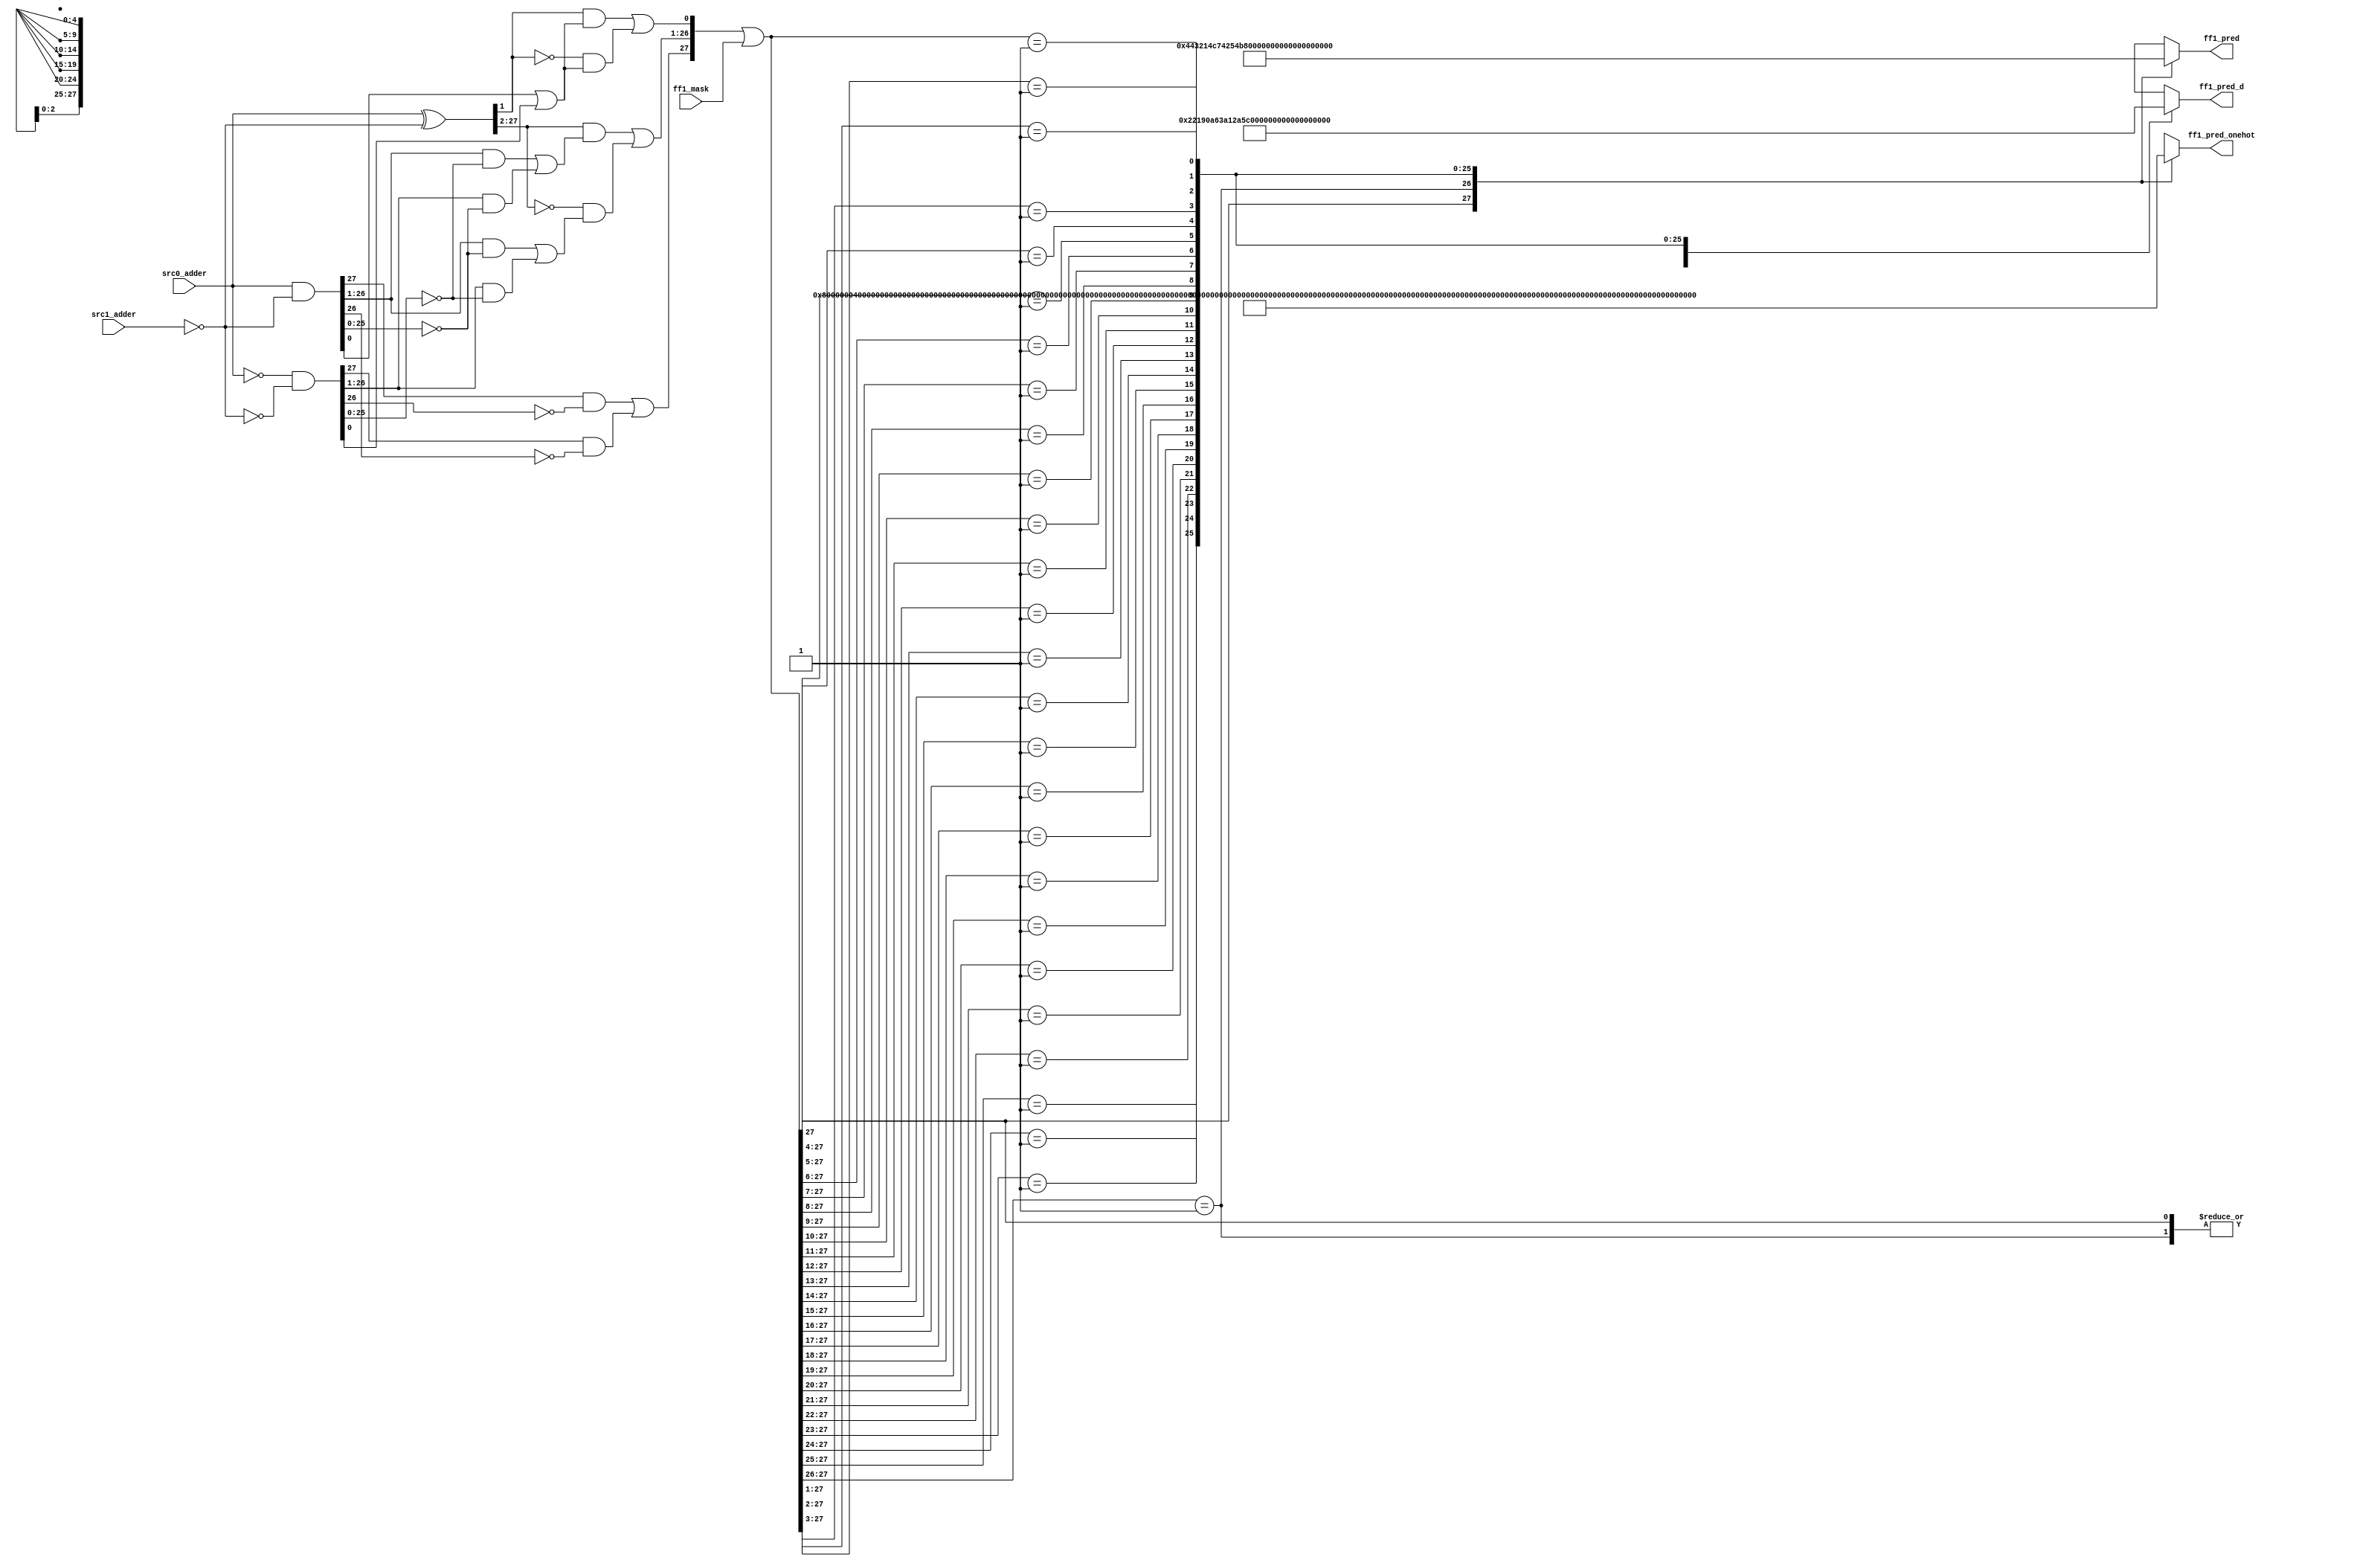
/*Copyright 2020-2021 T-Head Semiconductor Co., Ltd.

Licensed under the Apache License, Version 2.0 (the "License");
you may not use this file except in compliance with the License.
You may obtain a copy of the License at

    http://www.apache.org/licenses/LICENSE-2.0

Unless required by applicable law or agreed to in writing, software
distributed under the License is distributed on an "AS IS" BASIS,
WITHOUT WARRANTIES OR CONDITIONS OF ANY KIND, either express or implied.
See the License for the specific language governing permissions and
limitations under the License.
*/

// &ModuleBeg; @22
module pa_fadd_lop_s1_s(
  ff1_mask,
  ff1_pred,
  ff1_pred_d,
  ff1_pred_onehot,
  src0_adder,
  src1_adder
);

// &Ports; @23
input   [27:0]  ff1_mask;            
input   [27:0]  src0_adder;          
input   [27:0]  src1_adder;          
output  [4 :0]  ff1_pred;            
output  [4 :0]  ff1_pred_d;          
output  [27:0]  ff1_pred_onehot;     

// &Regs; @24
reg     [4 :0]  ff1_pred_e_d;        
reg     [4 :0]  ff1_pred_t0_d;       
reg     [27:0]  ff1_pred_t0_d_onehot; 

// &Wires; @25
wire    [27:0]  close_adder0_t0;     
wire    [27:0]  close_adder1_t0;     
wire    [27:0]  close_ff1_a_t0;      
wire    [27:0]  close_ff1_b_t0;      
wire    [27:0]  close_ff1_c_t0;      
wire    [27:0]  close_ff1_f_t0;      
wire    [27:0]  close_ff1_g_t0;      
wire    [27:0]  close_ff1_t_t0;      
wire    [27:0]  close_ff1_z_t0;      
wire    [27:0]  ff1_code;            
wire    [27:0]  ff1_mask;            
wire    [4 :0]  ff1_pred;            
wire    [4 :0]  ff1_pred_d;          
wire    [27:0]  ff1_pred_onehot;     
wire    [27:0]  src0_adder;          
wire    [27:0]  src1_adder;          



assign ff1_pred_onehot[27:0] = ff1_pred_t0_d_onehot[27:0];
assign ff1_pred[4:0]         = ff1_pred_t0_d[4:0];
//assign ff1_pred_s[5:0]       = {1'b0,//ff1_pred_t0_s[4:0]};
assign ff1_pred_d[4:0]       = ff1_pred_e_d[4:0];

assign close_adder0_t0[27:0] = src0_adder[27:0];
assign close_adder1_t0[27:0] = src1_adder[27:0];

//close_sum0 for F1-F0
//close_sum select, keep sum not negative
//close_sum0_m1
//assign close_sum_m1_t0[53:0] = $unsigned($signed(close_adder0_t0[53:0])
//                                        - $signed(close_adder1_t0[53:0])
//                                        + $signed(close_m1_oper2[53:0]));
//csky vperl_on
//FF1 Logic of Close Path S0
//If predict first 1 set at r[n]
//Actual first 1 may set at r[n+1] or r[n]
//A and B are to oprand
assign close_ff1_a_t0[27:0] = close_adder0_t0[27:0];
assign close_ff1_b_t0[27:0] = close_adder1_t0[27:0];

//C = B && act_add || ~B && act_sub
assign close_ff1_c_t0[27:0] = ~close_ff1_b_t0[27:0];
//T = A^C  G=A&C  Z=(~A)&(~C)
assign close_ff1_t_t0[27:0] = close_ff1_a_t0[27:0] ^ close_ff1_c_t0[27:0];
assign close_ff1_g_t0[27:0] = close_ff1_a_t0[27:0] & close_ff1_c_t0[27:0];
assign close_ff1_z_t0[27:0] = (~close_ff1_a_t0[27:0]) & (~close_ff1_c_t0[27:0]);
//F :
//fn-1 = En[gi(~zi-1) + zi(~gi-1)] + (~En)[gi(~gi-1) + zi(~zi-1)], En=act_sub
//f0   = t1(g0En+z0) + (~t1)(z0En+g0)
//fi   = ti+1[gi(~zi-1) + zi(~gi-1)] + (~ti+1)[gi(~gi-1) + zi(~zi-1)]
assign close_ff1_f_t0[27]   =  ( close_ff1_g_t0[27] & (~close_ff1_z_t0[26])) |
                               ( close_ff1_z_t0[27] & (~close_ff1_g_t0[26]));
assign close_ff1_f_t0[0]    = (( close_ff1_t_t0[1]) & (close_ff1_g_t0[0] | close_ff1_z_t0[0])) |
                              ((~close_ff1_t_t0[1]) & (close_ff1_z_t0[0] | close_ff1_g_t0[0]));
assign close_ff1_f_t0[26:1] = (( close_ff1_t_t0[27:2]) & ((close_ff1_g_t0[26:1] & (~close_ff1_z_t0[25:0])) |
                               ( close_ff1_z_t0[26:1]  & (~close_ff1_g_t0[25:0]))))                     |
                              ((~close_ff1_t_t0[27:2]) & ((close_ff1_g_t0[26:1] & (~close_ff1_g_t0[25:0])) |
                               ( close_ff1_z_t0[26:1]  & (~close_ff1_z_t0[25:0]))));
assign ff1_code[27:0] = close_ff1_f_t0[27:0] | ff1_mask[27:0];

// &CombBeg; @70
always @( ff1_code[27:0])
begin
casez(ff1_code[27:0])
  28'b1???_????_????_????_????_????_????: begin
    ff1_pred_t0_d_onehot[27:0] = 28'b1000_0000_0000_0000_0000_0000_0000;
    ff1_pred_t0_d[4:0]         = 5'd0;
    ff1_pred_e_d[4:0]          = 5'b0;
    //ff1_pred_t0_s[4:0]         = {5{1'bx}};
  end
  28'b01??_????_????_????_????_????_???? : begin
    ff1_pred_t0_d_onehot[27:0] = 28'b0100_0000_0000_0000_0000_0000_0000;
    ff1_pred_t0_d[4:0]         = 5'd1;
    ff1_pred_e_d[4:0]          = 5'd0;
    //ff1_pred_t0_s[4:0]         = {5{1'bx}};
  end
  28'b001?_????_????_????_????_????_???? : begin
    ff1_pred_t0_d_onehot[27:0] = 28'b0010_0000_0000_0000_0000_0000_0000;
    ff1_pred_t0_d[4:0]         = 5'd2;
    ff1_pred_e_d[4:0]          = 5'd1;
    //ff1_pred_t0_s[4:0]         = {5{1'bx}};
  end
  28'b0001_????_????_????_????_????_???? : begin
    ff1_pred_t0_d_onehot[27:0] = 28'b0001_0000_0000_0000_0000_0000_0000;
    ff1_pred_t0_d[4:0]         = 5'd3;
    ff1_pred_e_d[4:0]          = 5'd2;
    //ff1_pred_t0_s[4:0]         = {5{1'bx}};
  end
  28'b0000_1???_????_????_????_????_???? : begin
    ff1_pred_t0_d_onehot[27:0] = 28'b0000_1000_0000_0000_0000_0000_0000;
    ff1_pred_t0_d[4:0]         = 5'd4;
    ff1_pred_e_d[4:0]          = 5'd3;
    //ff1_pred_t0_s[4:0]         = {5{1'bx}};
  end
  28'b0000_01??_????_????_????_????_???? : begin
    ff1_pred_t0_d_onehot[27:0] = 28'b0000_0100_0000_0000_0000_0000_0000;
    ff1_pred_t0_d[4:0]         = 5'd5;
    ff1_pred_e_d[4:0]          = 5'd4;
    //ff1_pred_t0_s[4:0]         = {5{1'bx}};
  end
  28'b0000_001?_????_????_????_????_???? : begin
    ff1_pred_t0_d_onehot[27:0] = 28'b0000_0010_0000_0000_0000_0000_0000;
    ff1_pred_t0_d[4:0]         = 5'd6;
    ff1_pred_e_d[4:0]          = 5'd5;
    //ff1_pred_t0_s[4:0]         = {5{1'bx}};
  end
  28'b0000_0001_????_????_????_????_???? : begin
    ff1_pred_t0_d_onehot[27:0] = 28'b0000_0001_0000_0000_0000_0000_0000;
    ff1_pred_t0_d[4:0]         = 5'd7;
    ff1_pred_e_d[4:0]          = 5'd6;
    //ff1_pred_t0_s[4:0]         = {5{1'bx}};
  end
  28'b0000_0000_1???_????_????_????_???? : begin
    ff1_pred_t0_d_onehot[27:0] = 28'b0000_0000_1000_0000_0000_0000_0000;
    ff1_pred_t0_d[4:0]         = 5'd8;
    ff1_pred_e_d[4:0]          = 5'd7;
    //ff1_pred_t0_s[4:0]         = {5{1'bx}};
  end
  28'b0000_0000_01??_????_????_????_???? : begin
    ff1_pred_t0_d_onehot[27:0] = 28'b0000_0000_0100_0000_0000_0000_0000;
    ff1_pred_t0_d[4:0]         = 5'd9;
    ff1_pred_e_d[4:0]          = 5'd8;
    //ff1_pred_t0_s[4:0]         = {5{1'bx}};
  end
  28'b0000_0000_001?_????_????_????_???? : begin
    ff1_pred_t0_d_onehot[27:0] = 28'b0000_0000_0010_0000_0000_0000_0000;
    ff1_pred_t0_d[4:0]         = 5'd10;
    ff1_pred_e_d[4:0]          = 5'd9;
    //ff1_pred_t0_s[4:0]         = {5{1'bx}};
  end
  28'b0000_0000_0001_????_????_????_???? : begin
    ff1_pred_t0_d_onehot[27:0] = 28'b0000_0000_0001_0000_0000_0000_0000;
    ff1_pred_t0_d[4:0]         = 5'd11;
    ff1_pred_e_d[4:0]          = 5'd10;
    //ff1_pred_t0_s[4:0]         = {5{1'bx}};
  end
  28'b0000_0000_0000_1???_????_????_???? : begin
    ff1_pred_t0_d_onehot[27:0] = 28'b0000_0000_0000_1000_0000_0000_0000;
    ff1_pred_t0_d[4:0]         = 5'd12;
    ff1_pred_e_d[4:0]          = 5'd11;
    //ff1_pred_t0_s[4:0]         = {5{1'bx}};
  end
  28'b0000_0000_0000_01??_????_????_???? : begin
    ff1_pred_t0_d_onehot[27:0] = 28'b0000_0000_0000_0100_0000_0000_0000;
    ff1_pred_t0_d[4:0]         = 5'd13;
    ff1_pred_e_d[4:0]          = 5'd12;
    //ff1_pred_t0_s[4:0]         = {5{1'bx}};
  end
  28'b0000_0000_0000_001?_????_????_???? : begin
    ff1_pred_t0_d_onehot[27:0] = 28'b0000_0000_0000_0010_0000_0000_0000;
    ff1_pred_t0_d[4:0]         = 5'd14;
    ff1_pred_e_d[4:0]          = 5'd13;
    //ff1_pred_t0_s[4:0]         = {5{1'bx}};
  end
  28'b0000_0000_0000_0001_????_????_???? : begin
    ff1_pred_t0_d_onehot[27:0] = 28'b0000_0000_0000_0001_0000_0000_0000;
    ff1_pred_t0_d[4:0]         = 5'd15;
    ff1_pred_e_d[4:0]          = 5'd14;
    //ff1_pred_t0_s[4:0]         = {5{1'bx}};
  end
  28'b0000_0000_0000_0000_1???_????_???? : begin
    ff1_pred_t0_d_onehot[27:0] = 28'b0000_0000_0000_0000_1000_0000_0000;
    ff1_pred_t0_d[4:0]         = 5'd16;
    ff1_pred_e_d[4:0]          = 5'd15;
    //ff1_pred_t0_s[4:0]         = {5{1'bx}};
  end
  28'b0000_0000_0000_0000_01??_????_???? : begin
    ff1_pred_t0_d_onehot[27:0] = 28'b0000_0000_0000_0000_0100_0000_0000;
    ff1_pred_t0_d[4:0]         = 5'd17;
    ff1_pred_e_d[4:0]          = 5'd16;
    //ff1_pred_t0_s[4:0]         = {5{1'bx}};
  end
  28'b0000_0000_0000_0000_001?_????_???? : begin
    ff1_pred_t0_d_onehot[27:0] = 28'b0000_0000_0000_0000_0010_0000_0000;
    ff1_pred_t0_d[4:0]         = 5'd18;
    ff1_pred_e_d[4:0]          = 5'd17;
    //ff1_pred_t0_s[4:0]         = {5{1'bx}};
  end
  28'b0000_0000_0000_0000_0001_????_???? : begin
    ff1_pred_t0_d_onehot[27:0] = 28'b0000_0000_0000_0000_0001_0000_0000;
    ff1_pred_t0_d[4:0]         = 5'd19;
    ff1_pred_e_d[4:0]          = 5'd18;
    //ff1_pred_t0_s[4:0]         = {5{1'bx}};
  end
  28'b0000_0000_0000_0000_0000_1???_???? : begin
    ff1_pred_t0_d_onehot[27:0] = 28'b0000_0000_0000_0000_0000_1000_0000;
    ff1_pred_t0_d[4:0]         = 5'd20;
    ff1_pred_e_d[4:0]          = 5'd19;
    //ff1_pred_t0_s[4:0]         = {5{1'bx}};
  end
  28'b0000_0000_0000_0000_0000_01??_???? : begin
    ff1_pred_t0_d_onehot[27:0] = 28'b0000_0000_0000_0000_0000_0100_0000;
    ff1_pred_t0_d[4:0]         = 5'd21;
    ff1_pred_e_d[4:0]          = 5'd20;
    //ff1_pred_t0_s[4:0]         = {5{1'bx}};
  end
  28'b0000_0000_0000_0000_0000_001?_???? : begin
    ff1_pred_t0_d_onehot[27:0] = 28'b0000_0000_0000_0000_0000_0010_0000;
    ff1_pred_t0_d[4:0]         = 5'd22;
    ff1_pred_e_d[4:0]          = 5'd21;
    //ff1_pred_t0_s[4:0]         = {5{1'bx}};
  end
  28'b0000_0000_0000_0000_0000_0001_???? : begin
    ff1_pred_t0_d_onehot[27:0] = 28'b0000_0000_0000_0000_0000_0001_0000;
    ff1_pred_t0_d[4:0]         = 5'd23;
    ff1_pred_e_d[4:0]          = 5'd22;
    //ff1_pred_t0_s[4:0]         = {5{1'bx}};
  end
  28'b0000_0000_0000_0000_0000_0000_1??? : begin
    ff1_pred_t0_d_onehot[27:0] = 28'b0000_0000_0000_0000_0000_0000_1000;
    ff1_pred_t0_d[4:0]         = 5'd24;
    ff1_pred_e_d[4:0]          = 5'd23;
    //ff1_pred_t0_s[4:0]         = {5{1'bx}};
  end
  28'b0000_0000_0000_0000_0000_0000_01?? : begin
    ff1_pred_t0_d_onehot[27:0] = 28'b0000_0000_0000_0000_0000_0000_0100;
    ff1_pred_t0_d[4:0]         = 5'd25;
    ff1_pred_e_d[4:0]          = 5'd24;
    //ff1_pred_t0_s[4:0]         = {5{1'bx}};
  end
  28'b0000_0000_0000_0000_0000_0000_001? : begin
    ff1_pred_t0_d_onehot[27:0] = 28'b0000_0000_0000_0000_0000_0000_0010;
    ff1_pred_t0_d[4:0]         = 5'd26;
    ff1_pred_e_d[4:0]          = 5'd25;
    //ff1_pred_t0_s[4:0]         = {5{1'bx}};
  end
  28'b0000_0000_0000_0000_0000_0000_0001 : begin
    ff1_pred_t0_d_onehot[27:0] = 28'b0000_0000_0000_0000_0000_0000_0001;
    ff1_pred_t0_d[4:0]         = 5'd27;
    ff1_pred_e_d[4:0]          = 5'd26;
    //ff1_pred_t0_s[4:0]         = {5{1'bx}};
  end
  default : begin
    ff1_pred_t0_d_onehot[27:0] = {28{1'bx}};
    ff1_pred_t0_d[4:0]         = {5{1'bx}};
    ff1_pred_e_d[4:0]          = {5{1'bx}};
    //ff1_pred_t0_s[4:0]         = {5{1'bx}};
  end
endcase
// &CombEnd; @247
end

// &ModuleEnd; @249
endmodule